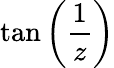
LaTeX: \tan\left({\frac{1}{z}}\right)